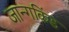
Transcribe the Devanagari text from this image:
जान्गकिंड